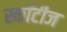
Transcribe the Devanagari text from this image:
स्कॉटीज